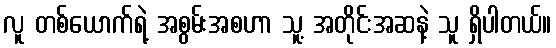
လူ တစ်ယောက်ရဲ့ အစွမ်းအစဟာ သူ့ အတိုင်းအဆနဲ့ သူ ရှိပါတယ်။